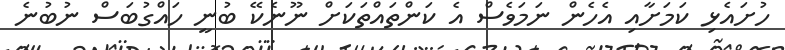
ހުށައެޅި ކަމަށާއި އެހެން ނަމަވެސް އެ ކަންތައްތަކަށް ނޫނެކޭ ބުނީ ހައްގުބަސް ނުބުނެ